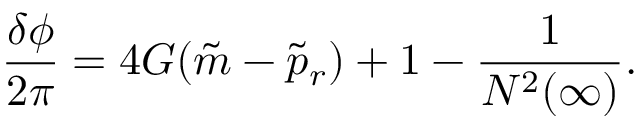
\frac { \delta \phi } { 2 \pi } = 4 G ( \tilde { m } - \tilde { p } _ { r } ) + 1 - \frac { 1 } { N ^ { 2 } ( \infty ) } .